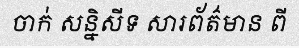
ចាក់ សន្និសីទ សារព័ត៌មាន ពី